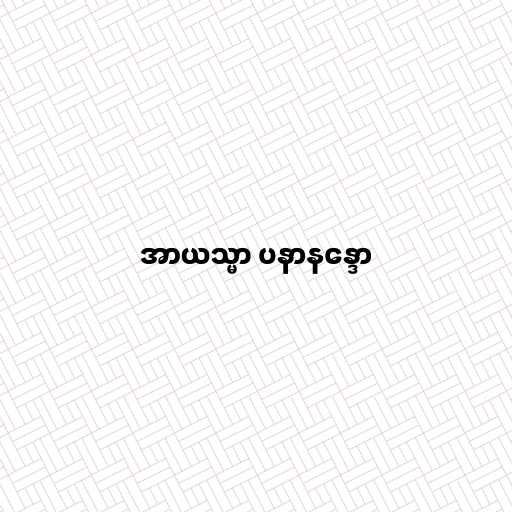
အာယသ္မာ ပနာနန္ဒော